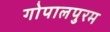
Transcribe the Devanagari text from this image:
गोपालपुरम